Vaccine operations Central Provinces 1886-1899 - 1886-1899
Year: 1886
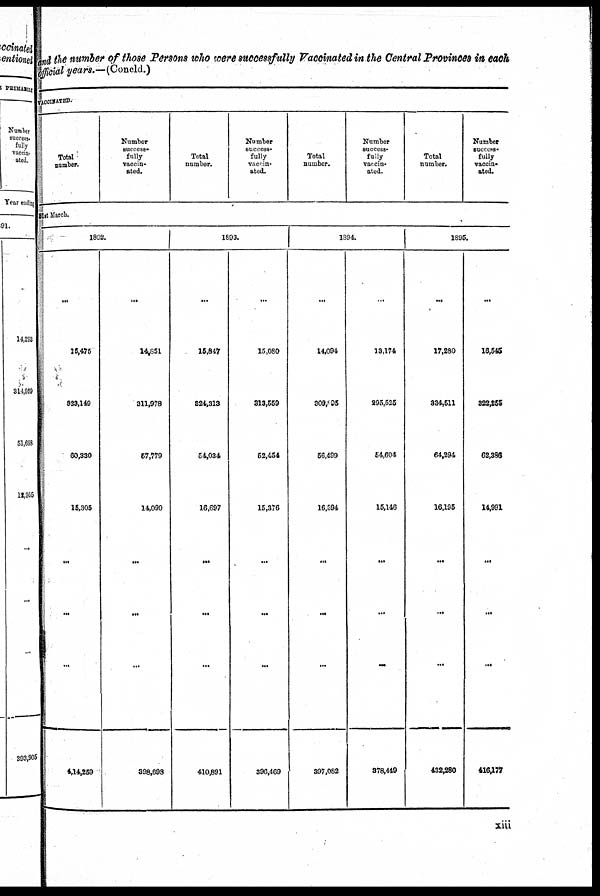
and the number of those Persons who were successfully Vaccinated in the Central Provinces in each
official years.—(Concld.)
VACCINATED.
Total
Dumber.
Number
succss¬
fully
vaccin-
ated.
Total
number.
Number
success¬
fully
vacill-
ated.
Total
number.
Number
success-
fully
vaccin-
ated.
Total
number.
Number
success-
fully
vaccin-
ated.
31st March.
1892.
...
15,475
828,149
60,830
15,305
...
...
...
4,14,259
...
14,851
311,978
67,779
14,090
...
...
...
398,898
1893.
...
15,847
824,313
54,034
16,697
...
...
...
410,891
...
15,080
313,559
62,454
15,376
...
...
...
396,469
1894.
...
14,094
309,895
56,499
16,594
...
...
...
397,082
...
13,174
295,525
64,604
15,146
...
...
...
378,449
1895.
...
17,280
334,511
64,294
16,195
...
...
...
432,280
...
16,545
322,255
62,386
14,991
...
...
...
416,177
xiii